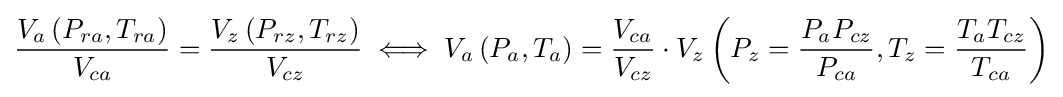
{\frac {V_{a}\left(P_{ra},T_{ra}\right)}{V_{ca}}}={\frac {V_{z}\left(P_{rz},T_{rz}\right)}{V_{cz}}}\iff V_{a}\left(P_{a},T_{a}\right)={\frac {V_{ca}}{V_{cz}}}\cdot V_{z}\left(P_{z}={\frac {P_{a}P_{cz}}{P_{ca}}},T_{z}={\frac {T_{a}T_{cz}}{T_{ca}}}\right)